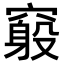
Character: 𥨃